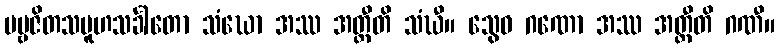
ပဗ္ဗဇိတသမူဟသင်္ခါတော သံဃော အဿ အတ္ထီတိ သံဃီ။ သွေဝ ဂဏော အဿ အတ္ထီတိ ဂဏီ။